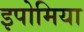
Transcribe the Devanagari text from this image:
इपोमिया